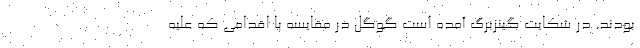
بودند. در شکایت گینزبرگ آمده است گوگل در مقایسه با اقدامی که علیه